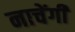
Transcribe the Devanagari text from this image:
नाचेंगी